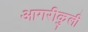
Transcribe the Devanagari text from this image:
आगरीकुली